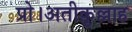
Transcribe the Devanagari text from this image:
प्रो।अतीक़ुल्लाह